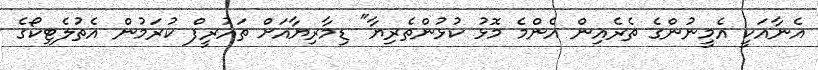
އެނާއަކީ އެމީނުންގެ ތެރެއިން އެންމެ މޮޅު ކުޅުންތެރިޔާ" ޑިމާރިޔާއަށް ތައުރީފް ކުރަމުން އެތުލެޓިކޯގެ